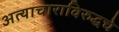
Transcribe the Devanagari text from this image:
अत्याचाराविरुद्धचे